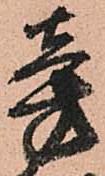
旁